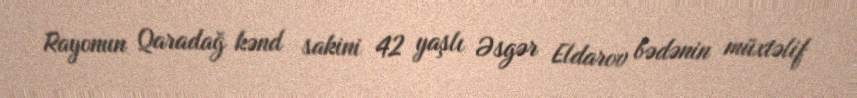
Rayonun Qaradağ kənd sakini 42 yaşlı Əsgər Eldarov bədənin müxtəlif